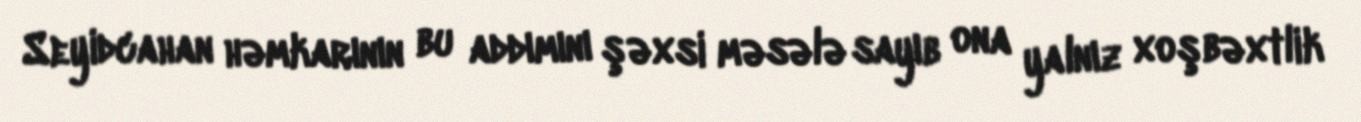
Seyidcahan həmkarının bu addımını şəxsi məsələ sayıb ona yalnız xoşbəxtlik